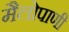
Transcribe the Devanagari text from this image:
मैलोपाणी